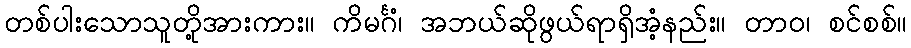
တစ်ပါးသောသူတို့အားကား။ ကိမင်္ဂံ၊ အဘယ်ဆိုဖွယ်ရာရှိအံ့နည်း။ တာဝ၊ စင်စစ်။